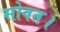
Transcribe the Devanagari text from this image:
सोवत।